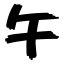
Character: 午